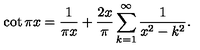
\cot \pi x = { \frac { 1 } { \pi x } } + { \frac { 2 x } { \pi } } \sum _ { k = 1 } ^ { \infty } { \frac { 1 } { x ^ { 2 } - k ^ { 2 } } } .